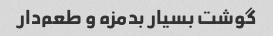
گوشت بسیار بدمزه و طعم‌دار